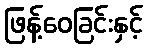
ဖြန့်ဝေခြင်းနှင့်